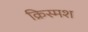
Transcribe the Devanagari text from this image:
क्रिस्मश